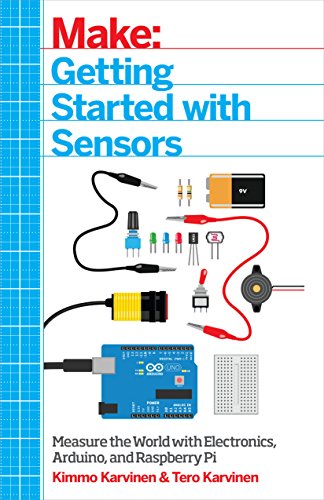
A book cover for Make: Getting Started with Sensors: Measure the World with Electronics, Arduino, and Raspberry Pi; Kimmo Karvinen; Computers & Technology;